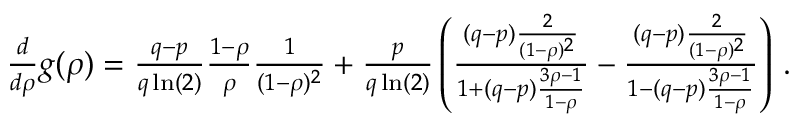
\begin{array} { r } { \frac { d } { d \rho } g ( \rho ) = \frac { q - p } { q \ln ( 2 ) } \frac { 1 - \rho } { \rho } \frac { 1 } { ( 1 - \rho ) ^ { 2 } } + \frac { p } { q \ln ( 2 ) } \left( \frac { ( q - p ) \frac { 2 } { ( 1 - \rho ) ^ { 2 } } } { 1 + ( q - p ) \frac { 3 \rho - 1 } { 1 - \rho } } - \frac { ( q - p ) \frac { 2 } { ( 1 - \rho ) ^ { 2 } } } { 1 - ( q - p ) \frac { 3 \rho - 1 } { 1 - \rho } } \right) \, . } \end{array}